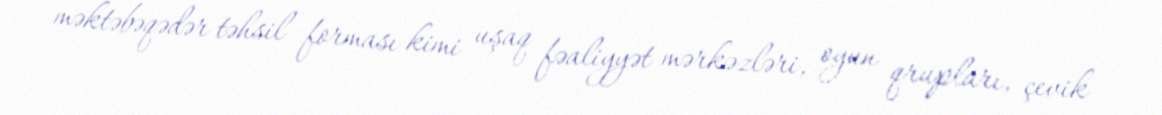
məktəbəqədər təhsil forması kimi uşaq fəaliyyət mərkəzləri, oyun qrupları, çevik